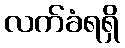
လက်ခံရရှိ